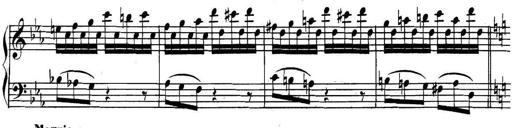
Title: Collected Piano Sonatas
Composer: Muzio Clementi